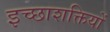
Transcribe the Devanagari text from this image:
इच्छाशक्तियों